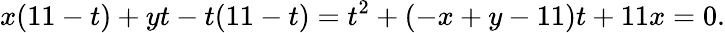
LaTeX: x(11-t)+yt-t(11-t)=t^{2}+(-x+y-11)t+11x=0.